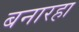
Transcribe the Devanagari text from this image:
बनारहा